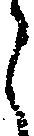
ら